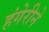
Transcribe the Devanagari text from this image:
हंगेरीने